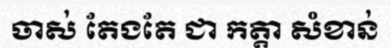
ចាស់ តែងតែ ជា កត្តា សំខាន់